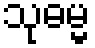
သုဓမ္မ